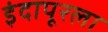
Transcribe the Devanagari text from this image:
इंदापूरला